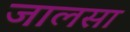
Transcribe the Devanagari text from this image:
जालसा